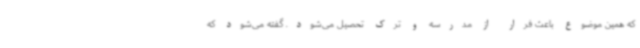
که همین موضوع باعث فرار از مدرسه و ترک تحصیل می‌شود. گفته می‌شود که